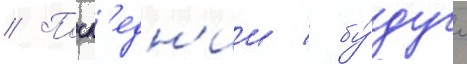
// Посл'едн'ии / бу́дучи